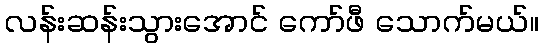
လန်းဆန်းသွားအောင် ကော်ဖီ သောက်မယ်။